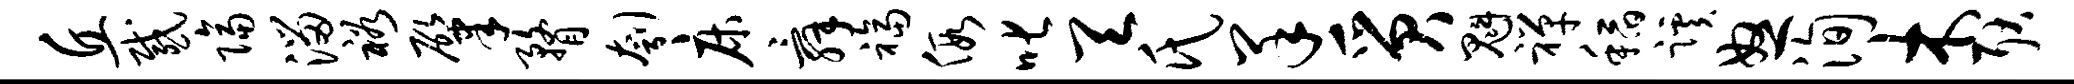
丘感隔溜裕肇瞀刳床舜福假叱天氏羊质魁禅稻蹊怒洵木耿